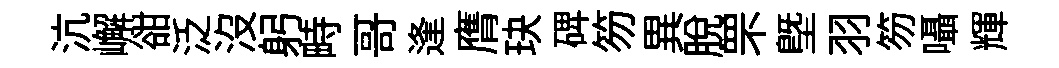
沆嶰𧮳泛沒躬畤哥逢膺玦𥓓笏異脱罘塈羽笏囁輝